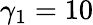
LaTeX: \gamma_{1}=10